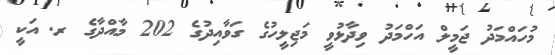
މުހައްމަދު ޖަމީލް އަހްމަދު ވިދާޅުވީ މަޖިލީހުގެ ގަވާއިދުގެ 202 މާއްދާގެ ރ. އަކީ